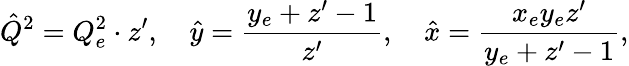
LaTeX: \hat{Q}^{2}=Q_{e}^{2}\cdot z^{\prime},\quad\hat{y}=\frac{y_{e}+z^{\prime}-1}{z^{\prime}},\quad\hat{x}=\frac{x_{e}y_{e}z^{\prime}}{y_{e}+z^{\prime}-1},